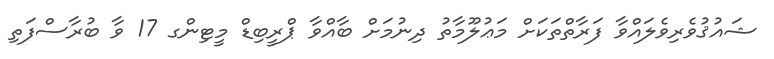
ޝައުޤުވެރިވެލައްވާ ފަރާތްތަކަށް މަޢުލޫމާތު ދިނުމަށް ބާއްވާ ޕްރީބިޑް މީޓިންގ 17 ވާ ބުރާސްފަތި